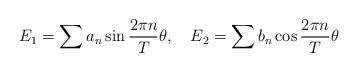
LaTeX: \begin{align*}E_1 = \sum {a_n } \sin \frac{2\pi n}{T}\theta ,\quad E_2 = \sum {b_n } \cos \frac{2\pi n}{T}\theta\end{align*}